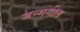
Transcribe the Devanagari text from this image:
जन्मगीत